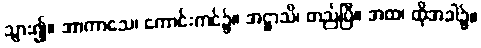
သွား၍။ အာကာသေ၊ ကောင်းကင်၌။ အဋ္ဌာသိ၊ တည်ပြီ။ အထ၊ ထိုအခါ၌။